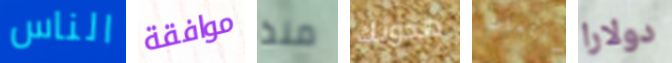
الناس موافقة منذ هدوئك شائعات دولارا